Senior Leaving Certificate Examination (including Day School Certificate (Higher) General paper), 1946
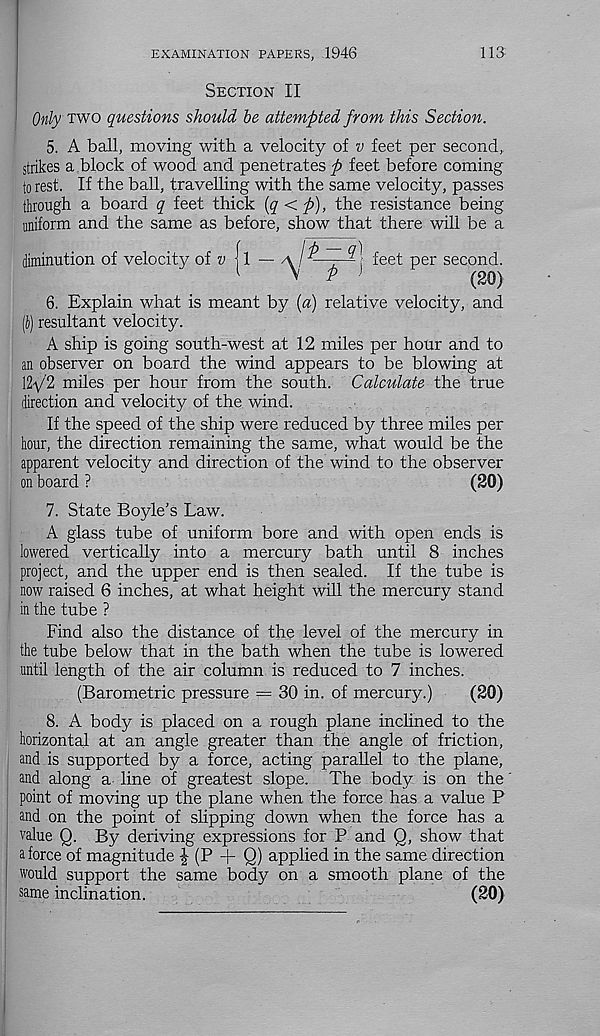
EXAMINATION PAPERS, 1946
113
Section II
Only two questions should be attempted from this Section.
5. A ball, moving with a velocity of v feet per second,
strikes a block of wood and penetrates p feet before coming
to rest. If the ball, travelling with the same velocity, passes
through a board q feet thick (q<p), the resistance being
uniform and the same as before, show that there will be a
diminution of velocity of v {l — A /feet per second.
1
\
P ]
(20)
6. Explain what is meant by {a) relative velocity, and
(5) resultant velocity.
A ship is going south-west at 12 miles per hour and to
an observer on board the wind appears to be blowing at
12-\/’2 miles per hour from the south. Calculate the true
direction and velocity of the wind.
If the speed of the ship were reduced by three miles per
hour, the direction remaining the same, what would be the
apparent velocity and direction of the wind to the observer
on board ?
(20)
7. State Boyle’s Law.
A glass tube of uniform bore and with open ends is
lowered vertically into a mercury bath until 8 inches
project, and the upper end is then sealed. If the tube is
now raised 6 inches, at what height will the mercury stand
in the tube ?
Find also the distance of the level of the mercury in
the tube below that in the bath when the tube is lowered
until length of the air column is reduced to 7 inches.
(Barometric pressure = 30 in. of mercury.)
(20)
8. A body is placed on a rough plane inclined to the
horizontal at an angle greater than the angle of friction,
and is supported by a force, acting parallel to the plane,
and along a line of greatest slope. The body is on the
point of moving up the plane when the force has a value P
and on the point of slipping down when the force has a
value Q. By deriving expressions for P and Q, show that
a force of magnitude i (P + Q) applied in the same direction
would support the same body on a smooth plane of the
same inclination.
(20)